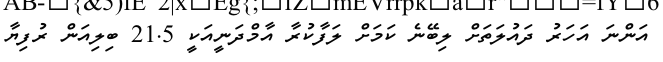
އަންނަ އަހަރު ދައުލަތަށް ލިބޭނެ ކަމަށް ލަފާކުރާ އާމްދަނީއަކީ 21.5 ބިލިއަން ރުފިޔާ